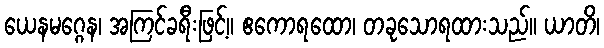
ယေနမဂ္ဂေန၊ အကြင်ခရီးဖြင့်။ ဧကောရထော၊ တခုသောရထားသည်။ ယာတိ၊